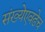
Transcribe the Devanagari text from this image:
संख्येएवढेच